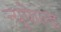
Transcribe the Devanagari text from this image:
न्यूफेल्ड